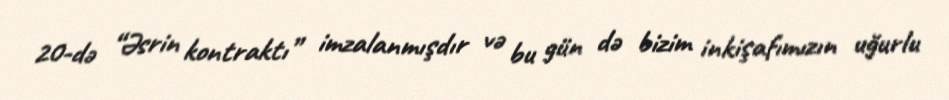
20-də “Əsrin kontraktı” imzalanmışdır və bu gün də bizim inkişafımızın uğurlu